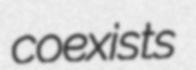
coexists